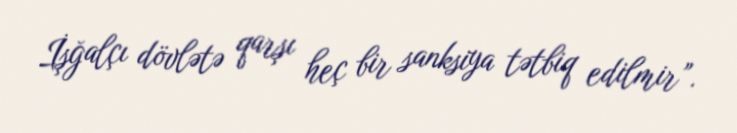
İşğalçı dövlətə qarşı heç bir sanksiya tətbiq edilmir”.